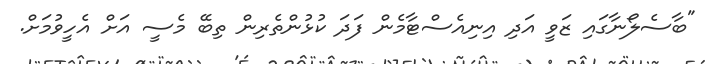
"ބާސެލޯނާގައި ޒަވީ އަދި އިނިއެސްޓާމެން ފަދަ ކުޅުންތެރިން ތިބޭ މެސީ އަށް އެހީވުމަށް.